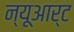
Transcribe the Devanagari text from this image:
न्यूआर्ट